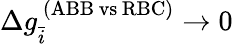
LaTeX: \Delta g_{\bar{i}}^{\ (\mathrm{ABB\, vs\, RBC})}\rightarrow 0